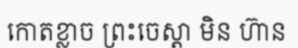
កោតខ្លាច ព្រះចេស្តា មិន ហ៊ាន